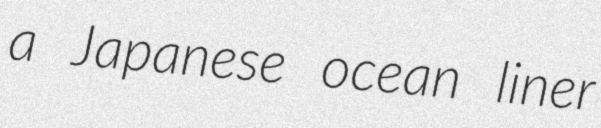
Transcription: a Japanese ocean liner